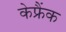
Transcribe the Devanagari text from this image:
केफ्रैंक